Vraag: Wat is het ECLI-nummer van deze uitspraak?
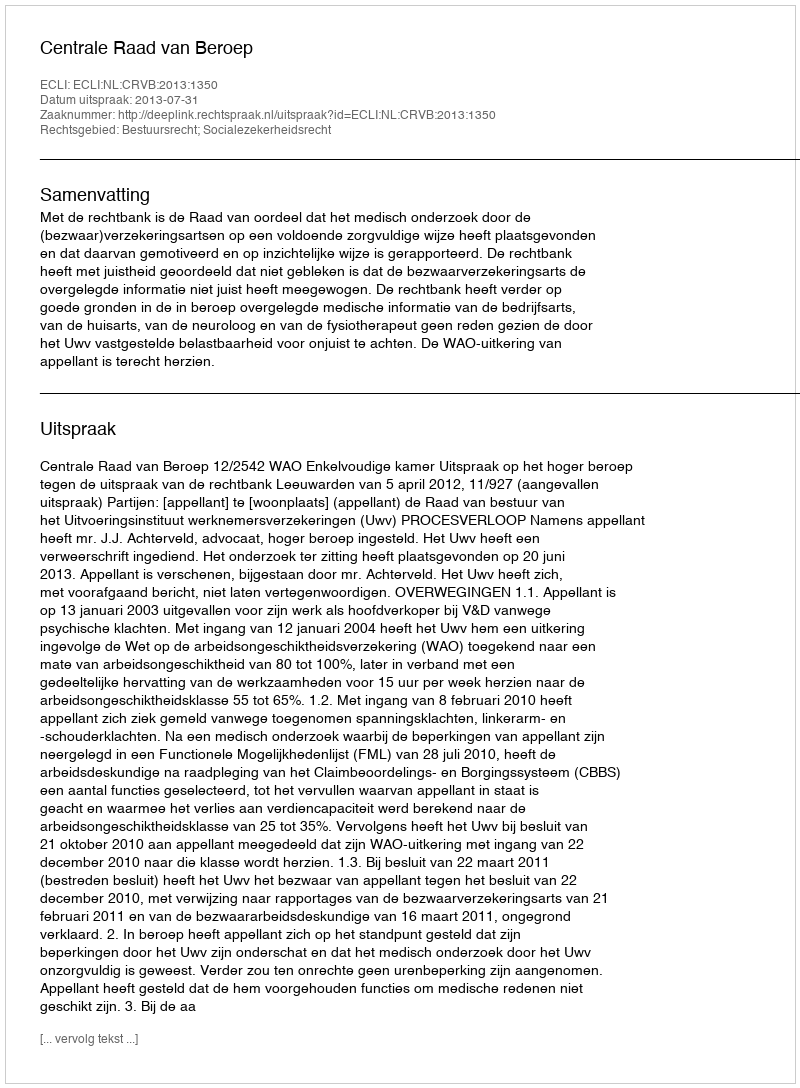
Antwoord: ECLI:NL:CRVB:2013:1350